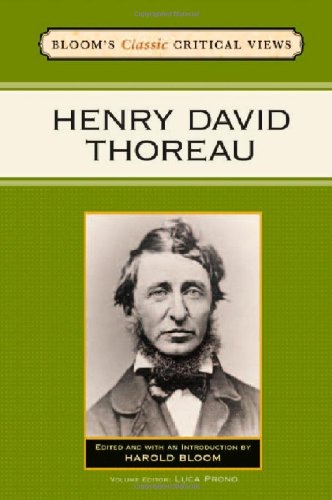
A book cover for Henry David Thoreau (Bloom's Classic Critical Views); Teen & Young Adult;